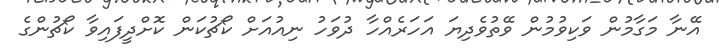
އޭނާ މަގާމުން ވަކިވުމުން ވޭތުވެދިޔަ އަހަރެއްހާ ދުވަހު ނިއުއަށް ކޯޗުކަން ކޮށްދީފައިވާ ކޯޗުންގެ